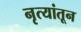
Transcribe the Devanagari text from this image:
नृत्यांतून